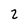
Character: 2